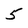
Character: 5